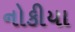
નોકીયા